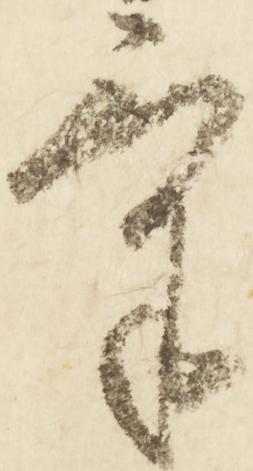
気